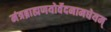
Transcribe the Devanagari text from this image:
मंत्रब्राह्मणयोर्वेदनामधेयम्